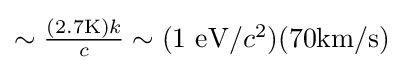
{\textstyle \sim {(\mathrm {2.7K} )k \over c}\sim (1~\mathrm {eV} /c^{2})(\mathrm {70km/s} )}